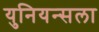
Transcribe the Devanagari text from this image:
युनियन्सला